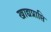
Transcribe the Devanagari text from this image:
खाद्यप्राप्ति